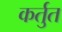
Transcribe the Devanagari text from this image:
कर्तुत